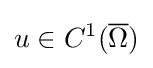
u\in C^{1}({\overline {\Omega }})